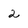
Character: 2